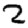
Digit: 2